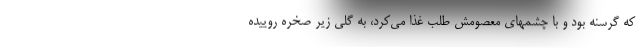
که گرسنه بود و با چشمهای معصومش طلب غذا می‌کرد، به گلی زیر صخره روییده